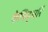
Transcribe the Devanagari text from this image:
केचिद्धरिं